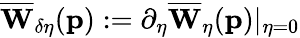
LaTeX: \overline{{\mathbf{W}}}_{\delta\eta}(\mathbf{p}):=\partial_{\eta}\overline{{\mathbf{W}}}_{\eta}(\mathbf{p})\vert_{\eta=0}